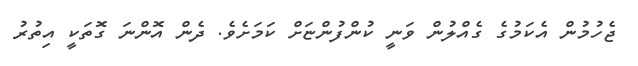
ޖެހުމުން އެކަމުގެ ގެއްލުން ވަނީ ކުންފުންޏަށް ކަމަށެވެ. ދެން އޮންނަ ގޮތަކީ އިތުރު